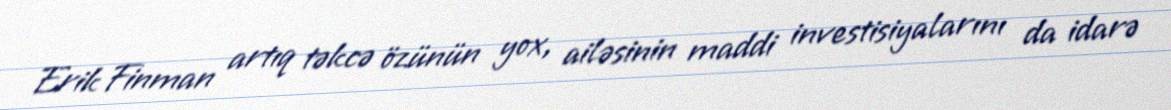
Erik Finman artıq təkcə özünün yox, ailəsinin maddi investisiyalarını da idarə